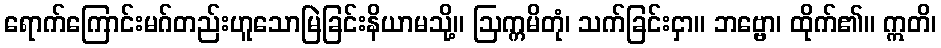
ရောက်ကြောင်းမဂ်တည်းဟူသောမြဲခြင်းနိယာမသို့။ ဩက္ကမိတုံ၊ သက်ခြင်းငှာ။ ဘဗ္ဗော၊ ထိုက်၏။ ဣတိ၊